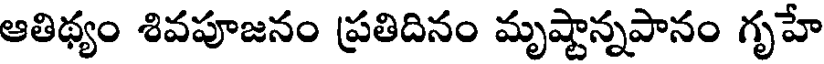
ఆతిథ్యం శివపూజనం ప్రతిదినం మృష్టాన్నపానం గృహే